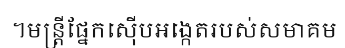
។មន្ត្រីផ្នែកស៊ើបអង្កេតរបស់សមាគម